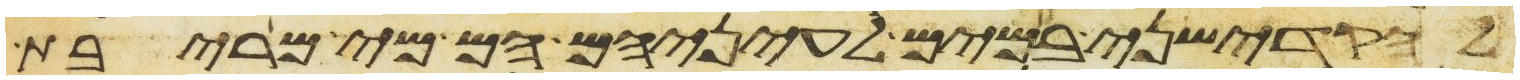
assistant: להקדישני במים לעיניהם הם מי מריבת